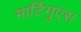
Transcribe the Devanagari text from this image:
मार्टिगुएस